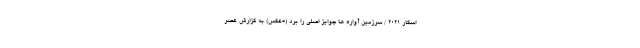
اسکار 2021 / سرزمین آواره ها جوایز اصلی را برد (+عکس) به گزارش عصر